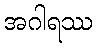
အဂါရဿ